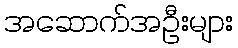
အဆောက်အဦးများ